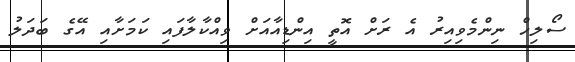
ސޯލިހް ނިންމެވިއިރު އެ ރަށް އޮތީ އިންޑިއާއަށް ވިއްކާލާފައި ކަމަށާއި އޭގެ ބަދަލު